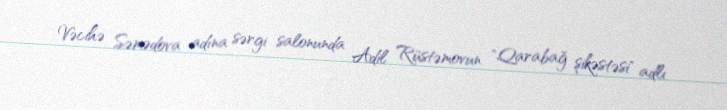
Vəcihə Səmədova adına sərgi salonunda Adil Rüstəmovun "Qarabağ şikəstəsi" adlı